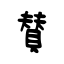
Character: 賛